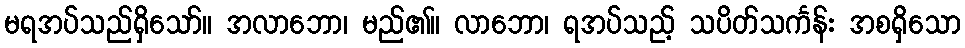
မရအပ်သည်ရှိသော်။ အလာဘော၊ မည်၏။ လာဘော၊ ရအပ်သည့် သပိတ်သင်္ကန်း အစရှိသော